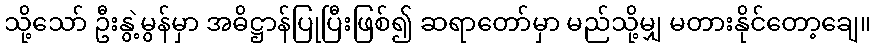
သို့သော် ဦးနွဲ့မွန်မှာ အဓိဋ္ဌာန်ပြုပြီးဖြစ်၍ ဆရာတော်မှာ မည်သို့မျှ မတားနိုင်တော့ချေ။